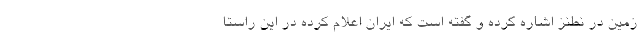
زمین در نطنز اشاره کرده و گفته است که ایران اعلام کرده در این راستا